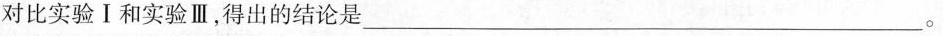
对比实验Ⅰ和实验Ⅲ，得出的结论是___。